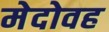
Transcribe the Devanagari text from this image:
मेदोवह